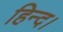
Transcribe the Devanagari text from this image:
हिन्द।